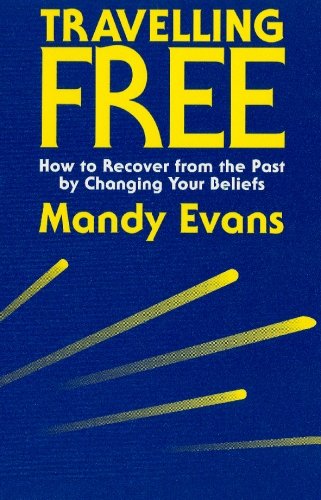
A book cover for Travelling Free: How to Recover From the Past; Mandy Evans; Health, Fitness & Dieting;